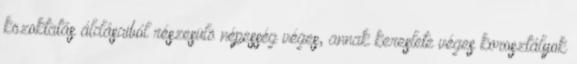
közoktatás áldásaiból részesülö népesség véges, annak kereslete véges korosztályok